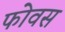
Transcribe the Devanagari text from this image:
फोवस